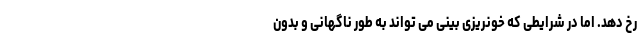
رخ دهد. اما در شرایطی که خونریزی بینی می تواند به طور ناگهانی و بدون